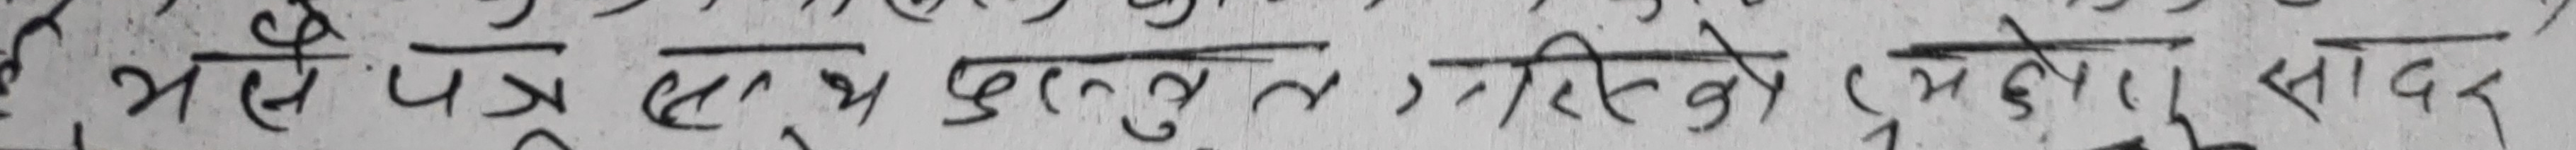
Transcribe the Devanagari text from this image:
भैसे पत्र छा प्रस्तुत गरिरको प्रवेश सादर